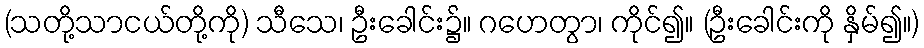
(သတို့သာငယ်တို့ကို) သီသေ၊ ဦးခေါင်း၌။ ဂဟေတွာ၊ ကိုင်၍။ (ဦးခေါင်းကို နှိမ်၍။)